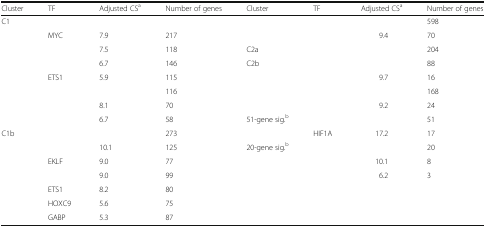
<table><thead><tr><td><b>Cluster</b></td><td><b>TF</b></td><td><b>Adjusted CS<sup>a</sup></b></td><td><b>Number of genes</b></td><td><b>Cluster</b></td><td><b>TF</b></td><td><b>Adjusted CS<sup>a</sup></b></td><td><b>Number of genes</b></td></tr></thead><tbody><tr><td rowspan="5">C1</td><td>[EMPTY_CELL]</td><td>[EMPTY_CELL]</td><td>[EMPTY_CELL]</td><td>[EMPTY_CELL]</td><td>[EMPTY_CELL]</td><td>[EMPTY_CELL]</td><td>598</td></tr><tr><td>MYC</td><td>7.9</td><td>217</td><td>[EMPTY_CELL]</td><td>[EMPTY_CELL]</td><td>9.4</td><td>70</td></tr><tr><td>[EMPTY_CELL]</td><td>7.5</td><td>118</td><td>C2a</td><td>[EMPTY_CELL]</td><td>[EMPTY_CELL]</td><td>204</td></tr><tr><td>[EMPTY_CELL]</td><td>6.7</td><td>146</td><td>C2b</td><td>[EMPTY_CELL]</td><td>[EMPTY_CELL]</td><td>88</td></tr><tr><td>ETS1</td><td>5.9</td><td>115</td><td>[EMPTY_CELL]</td><td>[EMPTY_CELL]</td><td>9.7</td><td>16</td></tr><tr><td rowspan="3">[EMPTY_CELL]</td><td>[EMPTY_CELL]</td><td>[EMPTY_CELL]</td><td>116</td><td>[EMPTY_CELL]</td><td>[EMPTY_CELL]</td><td>[EMPTY_CELL]</td><td>168</td></tr><tr><td>[EMPTY_CELL]</td><td>8.1</td><td>70</td><td>[EMPTY_CELL]</td><td>[EMPTY_CELL]</td><td>9.2</td><td>24</td></tr><tr><td>[EMPTY_CELL]</td><td>6.7</td><td>58</td><td>51-gene sig.<sup>b</sup></td><td>[EMPTY_CELL]</td><td>[EMPTY_CELL]</td><td>51</td></tr><tr><td rowspan="7">C1b</td><td>[EMPTY_CELL]</td><td>[EMPTY_CELL]</td><td>273</td><td>[EMPTY_CELL]</td><td>HIF1A</td><td>17.2</td><td>17</td></tr><tr><td>[EMPTY_CELL]</td><td>10.1</td><td>125</td><td>20-gene sig.<sup>b</sup></td><td>[EMPTY_CELL]</td><td>[EMPTY_CELL]</td><td>20</td></tr><tr><td>EKLF</td><td>9.0</td><td>77</td><td>[EMPTY_CELL]</td><td>[EMPTY_CELL]</td><td>10.1</td><td>8</td></tr><tr><td>[EMPTY_CELL]</td><td>9.0</td><td>99</td><td>[EMPTY_CELL]</td><td>[EMPTY_CELL]</td><td>6.2</td><td>3</td></tr><tr><td>ETS1</td><td>8.2</td><td>80</td><td>[EMPTY_CELL]</td><td>[EMPTY_CELL]</td><td>[EMPTY_CELL]</td><td>[EMPTY_CELL]</td></tr><tr><td>HOXC9</td><td>5.6</td><td>75</td><td>[EMPTY_CELL]</td><td>[EMPTY_CELL]</td><td>[EMPTY_CELL]</td><td>[EMPTY_CELL]</td></tr><tr><td>GABP</td><td>5.3</td><td>87</td><td>[EMPTY_CELL]</td><td>[EMPTY_CELL]</td><td>[EMPTY_CELL]</td><td>[EMPTY_CELL]</td></tr></tbody></table>